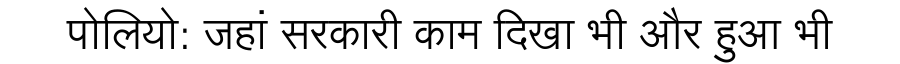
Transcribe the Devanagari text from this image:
पोलियो: जहां सरकारी काम दिखा भी और हुआ भी